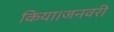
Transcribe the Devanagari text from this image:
किया।जनवरी